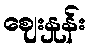
ဈေးနှုန်း